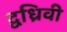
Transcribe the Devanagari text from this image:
द्वध्रिवी